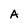
Character: A